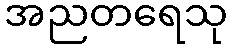
အညတရေသု